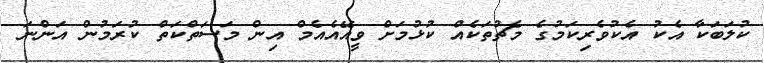
ކުލަބަކާ އެކު އެކުވެރިކަމުގެ މެޗުތަކެއް ކުޅުމަށް ވީއޭއެއެމް އިން މަސަތްކަތް ކުރަމުން އަންނަ